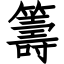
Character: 籌